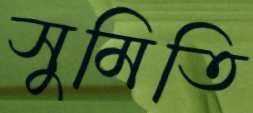
সুমিতি